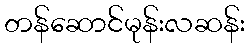
တန်ဆောင်မုန်းလဆန်း